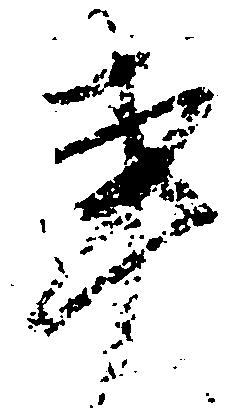
事